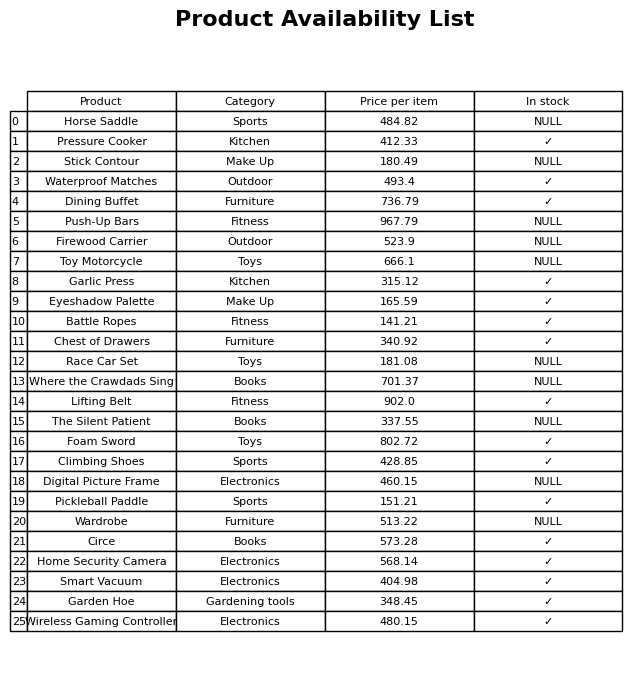
question: What is the price for Firewood Carrier?
answer: The price of Firewood Carrier is 523.9.